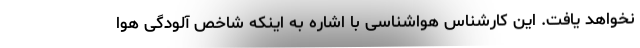
نخواهد یافت. این کارشناس هواشناسی با اشاره به اینکه شاخص آلودگی هوا